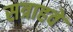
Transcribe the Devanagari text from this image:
सत्राहवें